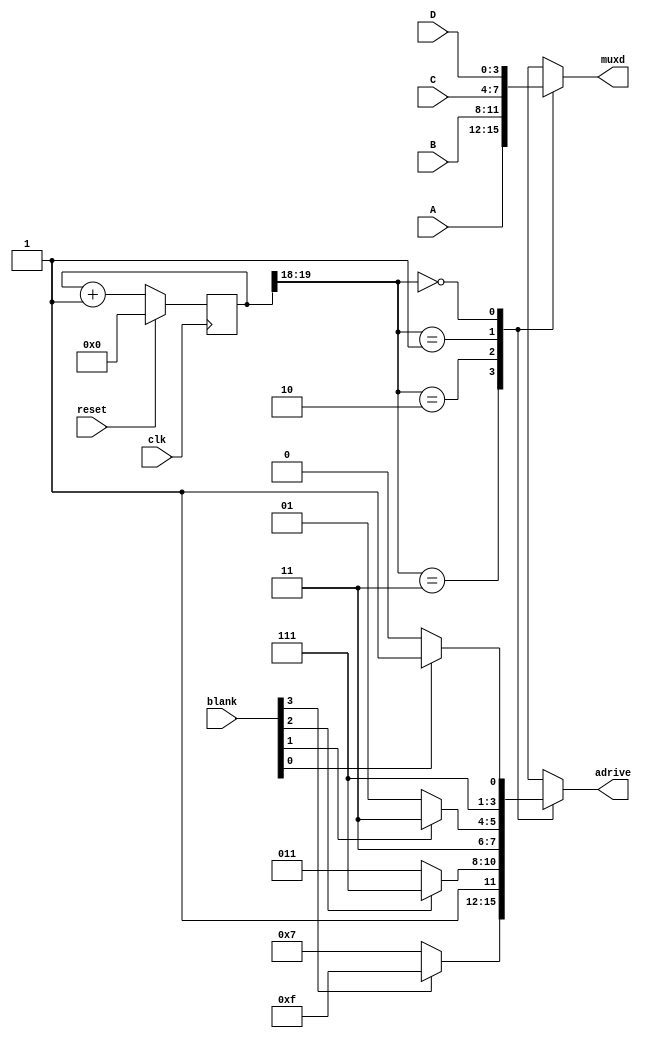
// Mux4Machine.v
// State machine to drive multiplexed four-bit values for display
// on Digilent BASYS2 and BASYS3 seven segment displays.  Assumes
// a high speed input clock, uses internal counter to time-multiplex
// the four display signals.  Inputs:
// 
// A=>MSD .... D=>LSD   i.e., A is the left most display.
// blank[3:0] ... If bit is a 1, that digit will be blank.
//
// Note output muxd must be decoded to seven segment signals 
// 
module Mux4Machine(muxd,adrive,A,B,C,D,clk,reset,blank);
  output [3:0] muxd; // The multiplexed output selected from A,B,C,D
  output [3:0] adrive;  // Active low common anode drive of display
  input  [3:0] A,B,C,D,blank;
  input        clk,reset;

  reg    [3:0] muxd, adrive;
  parameter NUMSVAR=20;
  //parameter NUMSVAR=8;   // for testing
  // Time-multiplexing: A count of 2^NUMSVAR total clock ticks
  // will occur across one full display of four digits.
  // With a 100 MHz clock (10 ns period), that means 10 ns * 2^20 
  // = 10 ns/tick * 1.048576E6 ticks = 10.48576 ms. That is, the whole
  // display is updated around 95 times per second (95 Hz),
  // with each display "on" for 2.62 ms out of every 10.48 ms.
  reg    [NUMSVAR:1] nS, S; // Internal states to provide clk division

  always @(posedge clk)
    if (reset) S <= 0;
    else  S <= nS;

  always @(S)
    nS = S + 1;

  always @(S[NUMSVAR:NUMSVAR-1] or A or B or C or D or blank)
  begin
    case(S[NUMSVAR:NUMSVAR-1])
        2'b11: begin muxd=A; adrive=(!blank[3] ? 4'b0111 : 4'b1111); end
        2'b10: begin muxd=B; adrive=(!blank[2] ? 4'b1011 : 4'b1111); end
        2'b01: begin muxd=C; adrive=(!blank[1] ? 4'b1101 : 4'b1111); end
        2'b00: begin muxd=D; adrive=(!blank[0] ? 4'b1110 : 4'b1111); end
        default: begin muxd=A; adrive=4'b1111; end
    endcase
  end
endmodule